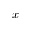
\boldsymbol { x }